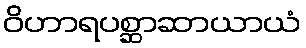
ဝိဟာရပစ္ဆာဆာယာယံ